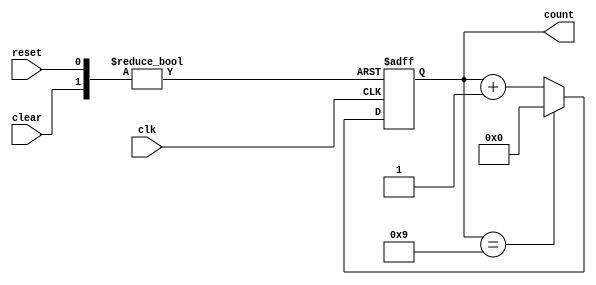
module Modulus_Counter (
    input wire clk,
    input wire clear,
    input wire reset,
    output reg [7:0] count
);

parameter MODULUS = 10; // Specified modulus value
reg [7:0] max_count; // Maximum count value before reset

always @ (posedge clk or posedge clear or posedge reset)
begin
    if (clear) begin
        count <= 0;
    end else if (reset) begin
        count <= 0;
    end else begin
        if (count == MODULUS - 1) begin
            count <= 0;
        end else begin
            count <= count + 1;
        end
    end
end

endmodule